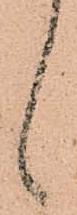
候